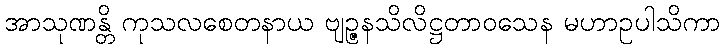
အာသုဏန္တိ ကုသလစေတနာယ ဗျဉ္ဇနသိလိဋ္ဌတာဝသေန မဟာဥပါသိကာ